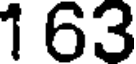
1 63